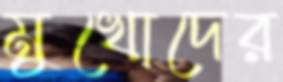
মুখোদের